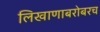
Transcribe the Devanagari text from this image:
लिखाणाबरोबरच